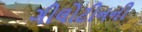
ગીલોટીનની